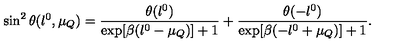
\sin ^ { 2 } \theta ( l ^ { 0 } , \mu _ { Q } ) = \frac { \theta ( l ^ { 0 } ) } { \exp [ \beta ( l ^ { 0 } - \mu _ { Q } ) ] + 1 } + \frac { \theta ( - l ^ { 0 } ) } { \exp [ \beta ( - l ^ { 0 } + \mu _ { Q } ) ] + 1 } .